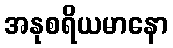
အနုစရိယမာနော